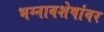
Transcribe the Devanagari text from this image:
भग्नावशेषांवर